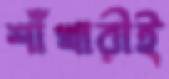
শাঁখারীই